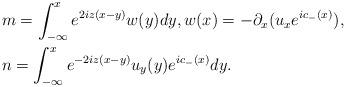
LaTeX: \begin{align*}&m=\int_{-\infty}^xe^{2iz(x-y)}w(y)dy, w(x)=-\partial_x(u_xe^{ic_-(x)}),\\&n=\int_{-\infty}^xe^{-2iz(x-y)}u_y(y)e^{ic_-(x)}dy.\end{align*}